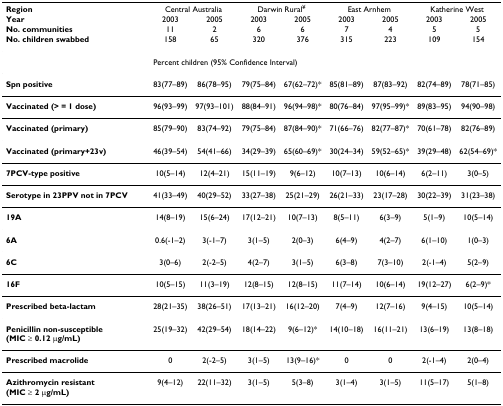
<table><thead><tr><td><b>Region</b></td><td colspan="2"><b>Central Australia</b></td><td colspan="2"><b>Darwin Rural<sup>¥</sup></b></td><td colspan="2"><b>East Arnhem</b></td><td colspan="2"><b>Katherine West</b></td></tr><tr><td><b>Year</b></td><td><b>2003</b></td><td><b>2005</b></td><td><b>2003</b></td><td><b>2005</b></td><td><b>2003</b></td><td><b>2005</b></td><td><b>2003</b></td><td><b>2005</b></td></tr><tr><td><b>No. communities</b></td><td><b>11</b></td><td><b>2</b></td><td><b>6</b></td><td><b>6</b></td><td><b>7</b></td><td><b>4</b></td><td><b>5</b></td><td><b>5</b></td></tr><tr><td><b>No. children swabbed</b></td><td><b>158</b></td><td><b>65</b></td><td><b>320</b></td><td><b>376</b></td><td><b>315</b></td><td><b>223</b></td><td><b>109</b></td><td><b>154</b></td></tr></thead><tbody><tr><td></td><td colspan="8">Percent children (95% Confidence Interval)</td></tr><tr><td><b>Spn positive</b></td><td>83(77–89)</td><td>86(78–95)</td><td>79(75–84)</td><td>67(62–72)*</td><td>85(81–89)</td><td>87(83–92)</td><td>82(74–89)</td><td>78(71–85)</td></tr><tr><td><b>Vaccinated (&gt; = 1 dose)</b></td><td>96(93–99)</td><td>97(93–101)</td><td>88(84–91)</td><td>96(94–98)*</td><td>80(76–84)</td><td>97(95–99)*</td><td>89(83–95)</td><td>94(90–98)</td></tr><tr><td><b>Vaccinated (primary)</b></td><td>85(79–90)</td><td>83(74–92)</td><td>79(75–84)</td><td>87(84–90)*</td><td>71(66–76)</td><td>82(77–87)*</td><td>70(61–78)</td><td>82(76–89)</td></tr><tr><td><b>Vaccinated (primary+23v)</b></td><td>46(39–54)</td><td>54(41–66)</td><td>34(29–39)</td><td>65(60–69)*</td><td>30(24–34)</td><td>59(52–65)*</td><td>39(29–48)</td><td>62(54–69)*</td></tr><tr><td><b>7PCV-type positive</b></td><td>10(5–14)</td><td>12(4–21)</td><td>15(11–19)</td><td>9(6–12)</td><td>10(7–13)</td><td>10(6–14)</td><td>6(2–11)</td><td>3(0–5)</td></tr><tr><td><b>Serotype in 23PPV not in 7PCV</b></td><td>41(33–49)</td><td>40(29–52)</td><td>33(27–38)</td><td>25(21–29)</td><td>26(21–33)</td><td>23(17–28)</td><td>30(22–39)</td><td>31(23–38)</td></tr><tr><td><b>19A</b></td><td>14(8–19)</td><td>15(6–24)</td><td>17(12–21)</td><td>10(7–13)</td><td>8(5–11)</td><td>6(3–9)</td><td>5(1–9)</td><td>10(5–14)</td></tr><tr><td><b>6A</b></td><td>0.6(-1–2)</td><td>3(-1–7)</td><td>3(1–5)</td><td>2(0–3)</td><td>6(4–9)</td><td>4(2–7)</td><td>6(1–10)</td><td>1(0–3)</td></tr><tr><td><b>6C</b></td><td>3(0–6)</td><td>2(-2–5)</td><td>4(2–7)</td><td>3(1–5)</td><td>6(3–8)</td><td>7(3–10)</td><td>2(-1–4)</td><td>5(2–9)</td></tr><tr><td><b>16F</b></td><td>10(5–15)</td><td>11(3–19)</td><td>12(8–15)</td><td>12(8–15)</td><td>11(7–14)</td><td>10(6–14)</td><td>19(12–27)</td><td>6(2–9)*</td></tr><tr><td><b>Prescribed beta-lactam</b></td><td>28(21–35)</td><td>38(26–51)</td><td>17(13–21)</td><td>16(12–20)</td><td>7(4–9)</td><td>12(7–16)</td><td>9(4–15)</td><td>10(5–14)</td></tr><tr><td><b>Penicillin non-susceptible (MIC ≥ 0.12 μg/mL)</b></td><td>25(19–32)</td><td>42(29–54)</td><td>18(14–22)</td><td>9(6–12)*</td><td>14(10–18)</td><td>16(11–21)</td><td>13(6–19)</td><td>13(8–18)</td></tr><tr><td><b>Prescribed macrolide</b></td><td>0</td><td>2(-2–5)</td><td>3(1–5)</td><td>13(9–16)*</td><td>0</td><td>0</td><td>2(-1–4)</td><td>2(0–4)</td></tr><tr><td><b>Azithromycin resistant (MIC ≥ 2 μg/mL)</b></td><td>9(4–12)</td><td>22(11–32)</td><td>3(1–5)</td><td>5(3–8)</td><td>3(1–4)</td><td>3(1–5)</td><td>11(5–17)</td><td>5(1–8)</td></tr></tbody></table>